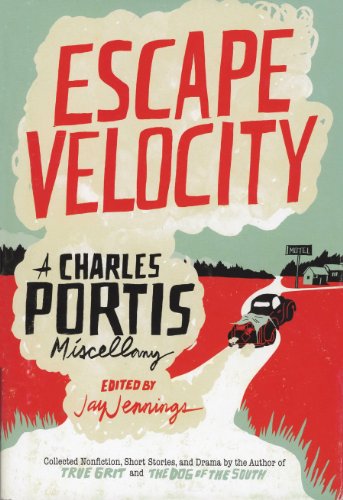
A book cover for Escape Velocity; Charles Portis; Literature & Fiction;